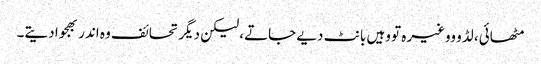
مٹھائی، لڈو ووغیرہ تو وہیں بانٹ دیے جاتے، لیکن دیگر تحائف وہ اندر بھجوا دیتے۔